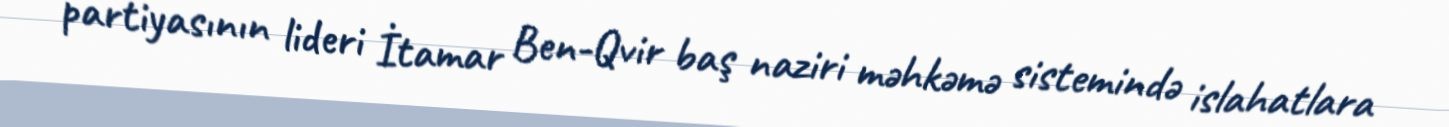
partiyasının lideri İtamar Ben-Qvir baş naziri məhkəmə sistemində islahatlara